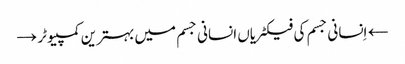
← اِنسانی جسم کی فیکٹریاں انسانی جسم میں بہترین کمپیوٹر →